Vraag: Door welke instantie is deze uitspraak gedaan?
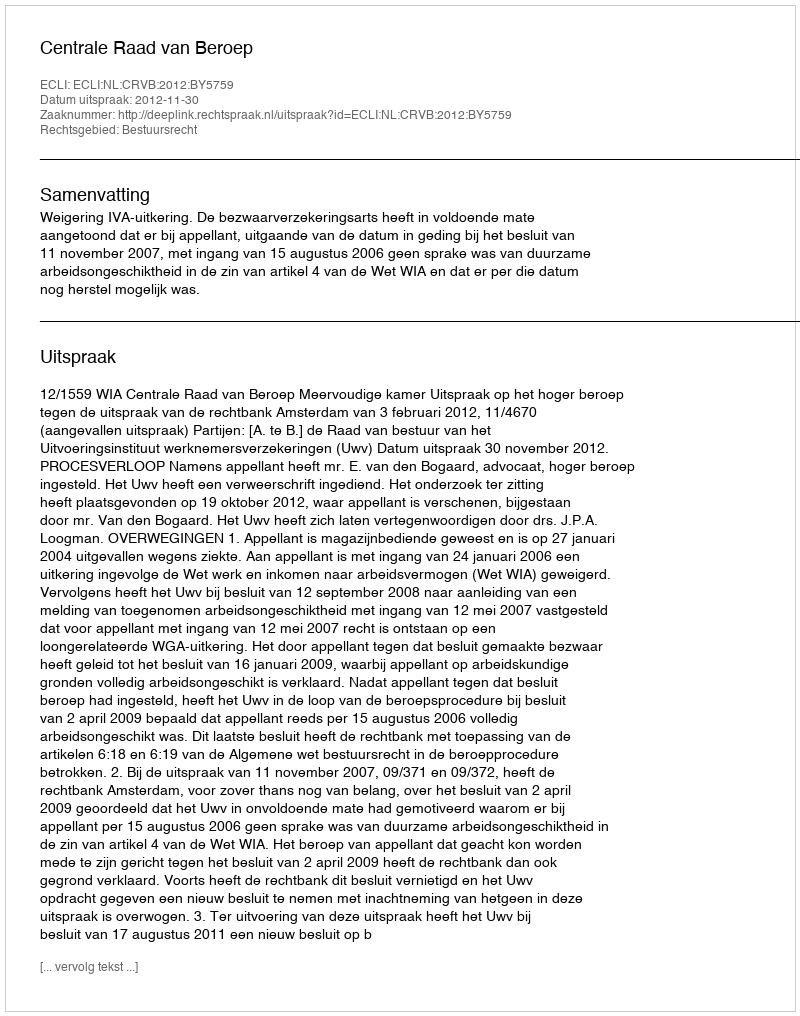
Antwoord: Centrale Raad van Beroep